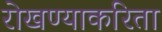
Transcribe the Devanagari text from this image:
रोखण्याकरिता